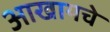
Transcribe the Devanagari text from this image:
आखायचे